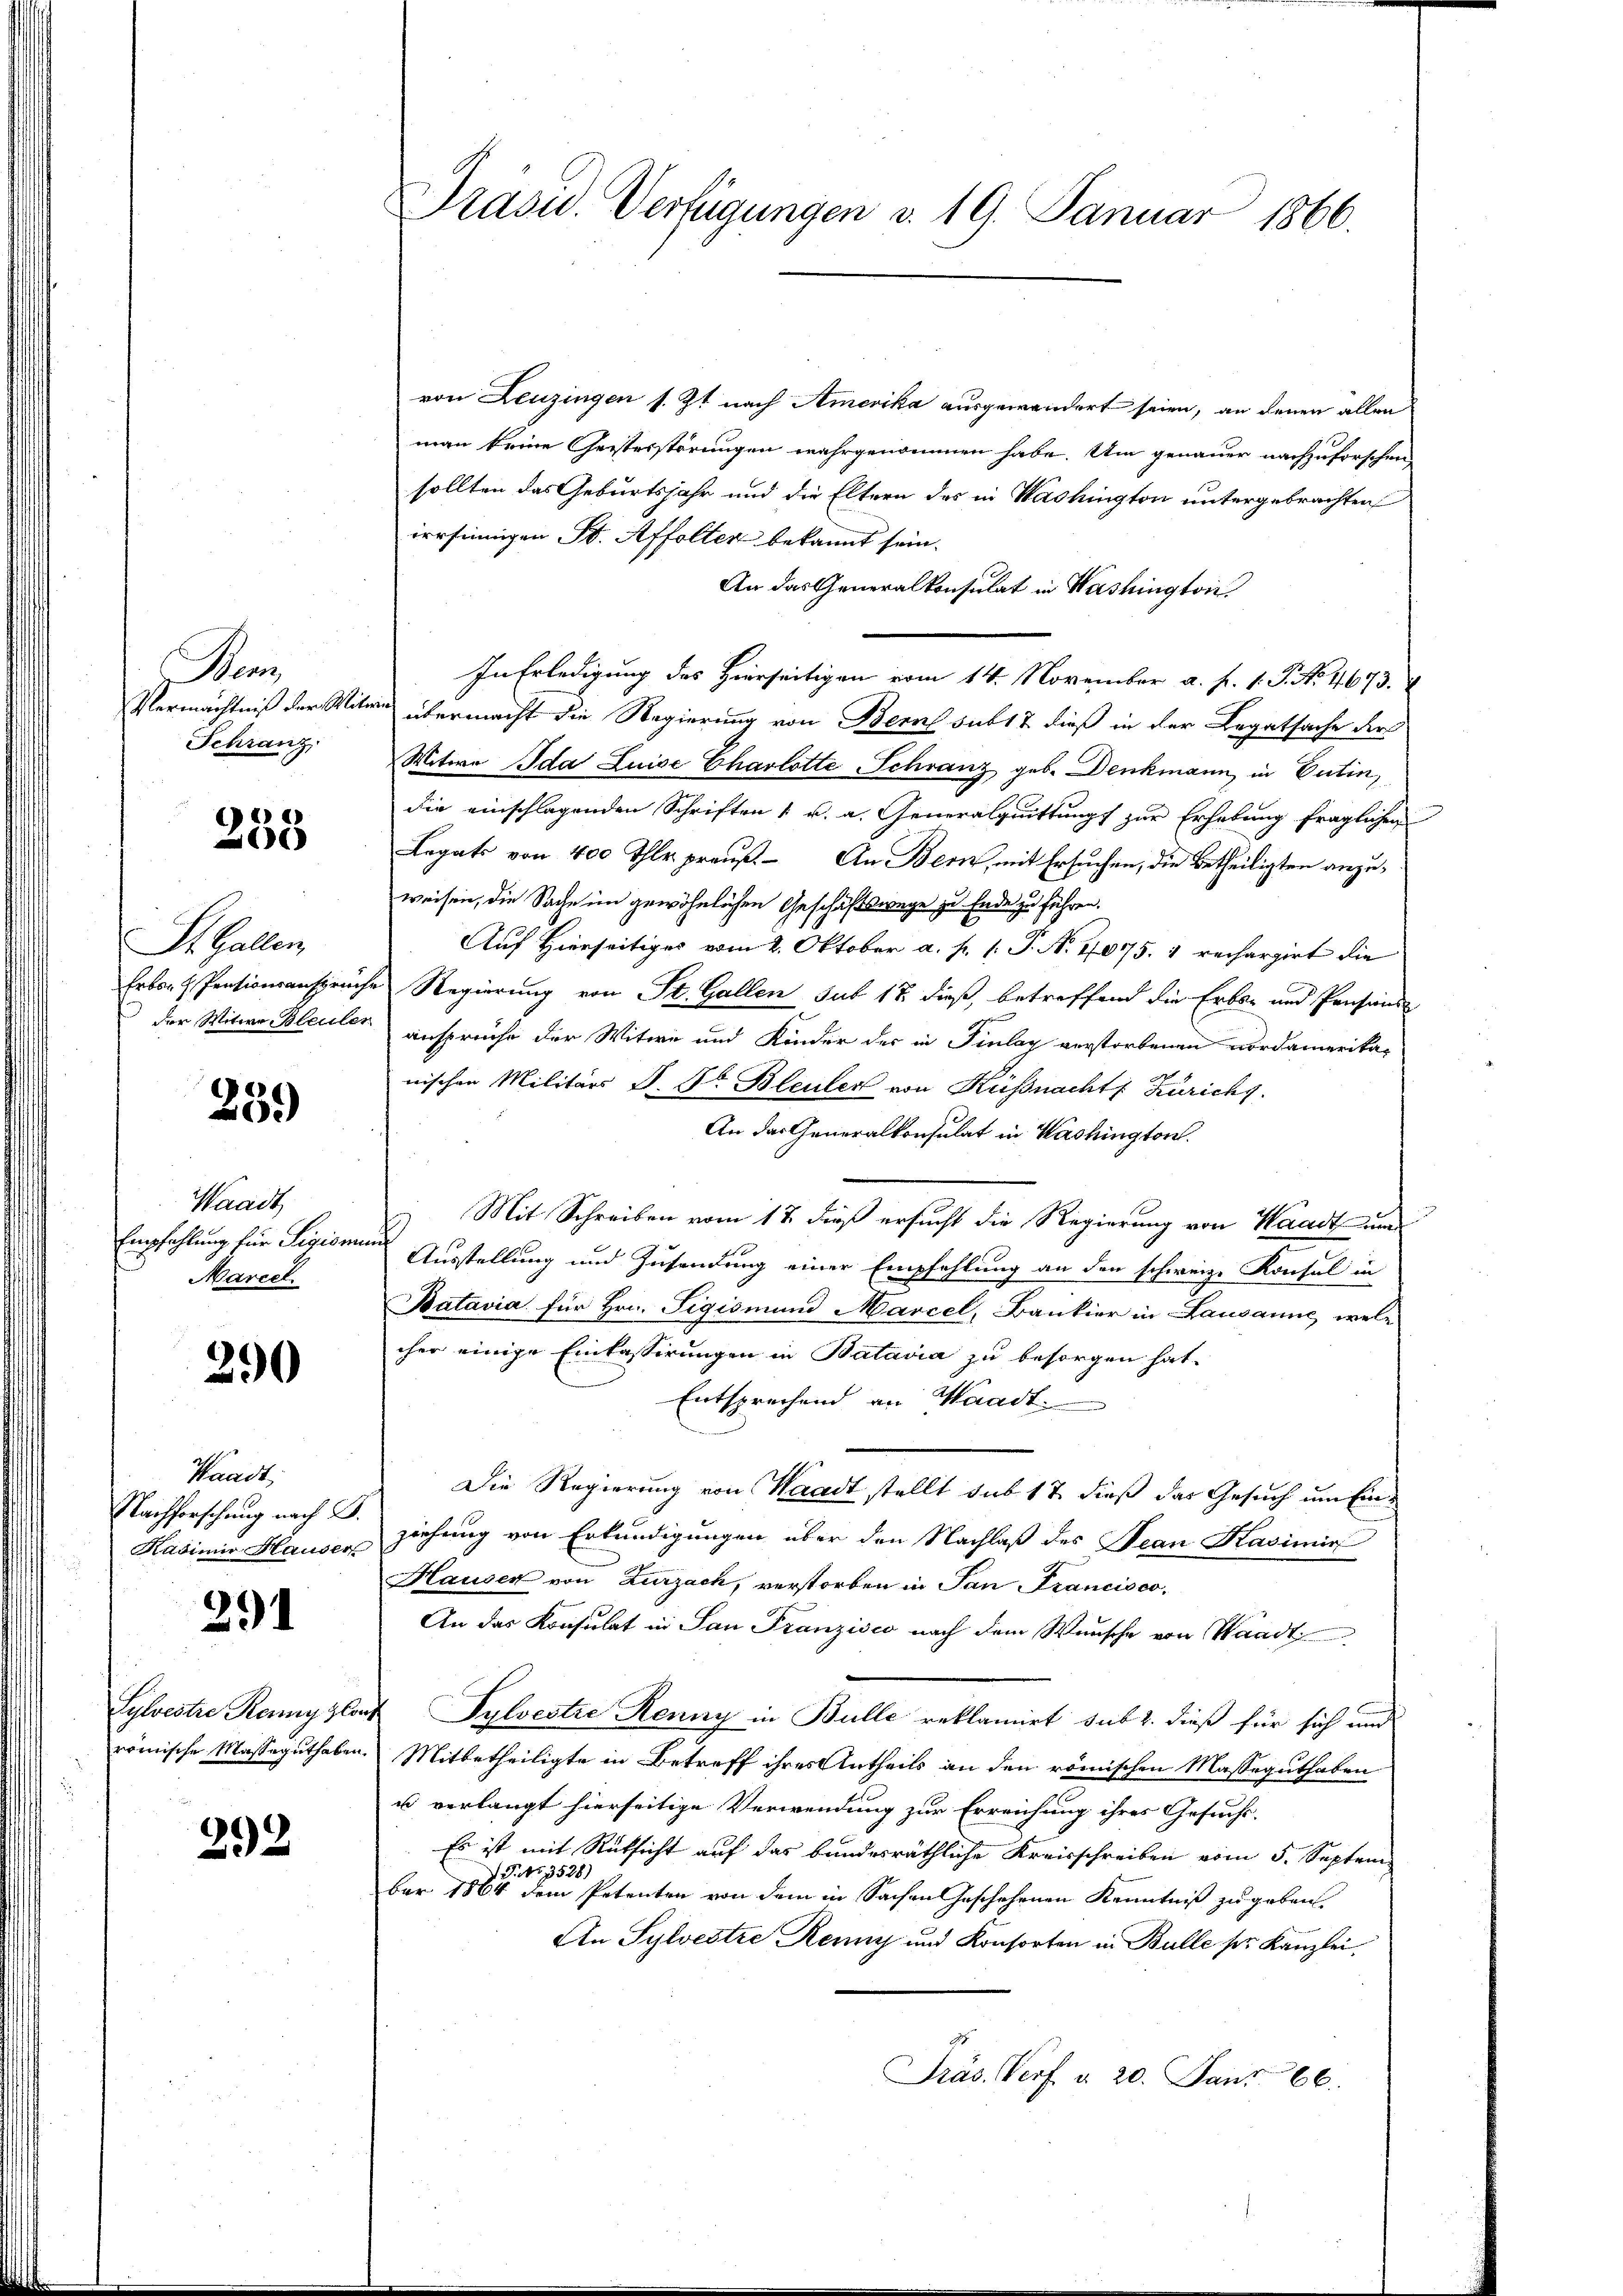
Ge
Vermächtniß der Mit¬
Schranz

233

St. Gallen,
Erbor Pensionsanspruche
der Witwe Bleuler

239)

Waadt
Empfehlung für Sigion
Marcel

290

Waadt,
Nachforschung nach B.
Kasimir Hauser

291

Sylvestre Renny von
römische Masseguthaben

292

Präsid.. Verfügungen v. 19. Januar 1866.

von Leuzingen s. Zt. nach Amerika ausgewandert seien, an denen allen
man keine Geisterstörungen wahrgenommen habe. Um genauer nachzuforschensollten das Geburtsjahr und die Eltern des in Washington untergebrachten
irrsinnigen St. Affolten bekannt sein.
An das Generalkonsulat in Washington,
In Erledigung des Hierseitigen vom 14. November a. f. 1. P. No. 4673.
übermacht die Regierung von Bern subt & dieß in der Legatsache der
Witwe Ida Luise Charlotte Schranz geb. Denkmann, in Putin,
die einschlagenden Schriften 1 u. a. Generalquittung zur Erhebung fraglichen
Legats von 400 Thlr. preuß. An Bern, mit Ersuchen, die Betheiligten anzuweisen, die Sache im gewöhnlichen Geschäftswege zu Ende zu führen.
Auf Hierseitiges vom 2. Oktober a. p. 1. J. A. 1075. & rechargirt die
Regierung von St. Gallen sub 17. dieß, betreffend die Erbs- und Pensions-
ansprüche der Witwe und Kinder der in Finlag verstorbenen nordamerika-
wischen Militärs P. Dr Bleuler von Kussnacht Zürichy.
An das Generalkonsulat in Washington.
Mit Schreiben vom 17. dieß ersucht die Regierung von Waadt un
Ausstellung und Zusendung einer Empfehlung an den schweiz. Konsul in
Batavia für Hrn. Sigismund Marcel, Bankier in Lausanne, wele
cher einige Einlassirungen in Batavia zu besorgen hat.
Entsprechend an Waadt
Die Regierung von Waadt stellt sub 17 dieß das Gesuch um Einziehung von Erkundigungen über den Nachlaß des Jean Kasimir
Hausen von Zurzach, verstorben in San Francisco,
An das Konsulat in San Franzisco nach dem Wunsche von Waadt
Sylvestre Renny in Bulle reklamirt sub 2. dieß für sich und
Mitbetheiligte in Betreff ihres Antheils an den römischen Masseguthaben
u verlangt hierseitige Verwendung zur Erreichung ihres Gesuchs¬
Es ist mit Rüksicht auf das bundesräthliche Kreisschreiben vom 5. Septem
(T.NNo. 3528)
bar 1864 dem Petenten von dem in Sachen Geschehenen Kenntniß zu geben.
An Sylvestre Renny und Konsorten in Bulle ser Kanzlei
Präs. Vorf a. 20. Janr 66.